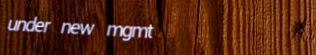
under new mgmt